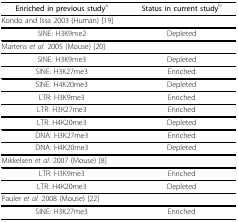
<table><thead><tr><td><b>Enriched in previous study<sup>a</sup></b></td><td><b>Status in current study<sup>b</sup></b></td></tr></thead><tbody><tr><td colspan="2">Kondo and Issa 2003 (Human) [19]</td></tr><tr><td>SINE: H3K9me2</td><td>Depleted</td></tr><tr><td colspan="2">Martens <i>et al. </i>2005 (Mouse) [20]</td></tr><tr><td>SINE: H3K9me3</td><td>Depleted</td></tr><tr><td>SINE: H3K27me3</td><td>Enriched</td></tr><tr><td>SINE: H4K20me3</td><td>Depleted</td></tr><tr><td>LTR: H3K9me3</td><td>Enriched</td></tr><tr><td>LTR: H3K27me3</td><td>Enriched</td></tr><tr><td>LTR: H4K20me3</td><td>Depleted</td></tr><tr><td>DNA: H3K27me3</td><td>Enriched</td></tr><tr><td>DNA: H4K20me3</td><td>Depleted</td></tr><tr><td colspan="2">Mikkelsen <i>et al. </i>2007 (Mouse) [8]</td></tr><tr><td>LTR: H3K9me3</td><td>Enriched</td></tr><tr><td>LTR: H4K20me3</td><td>Depleted</td></tr><tr><td colspan="2">Pauler <i>et al. </i>2008 (Mouse) [22]</td></tr><tr><td>SINE: H3K27me3</td><td>Enriched</td></tr></tbody></table>